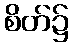
စိတ်၌